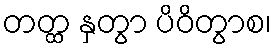
တတ္ထ နှတွာ ပိဝိတွာစ၊